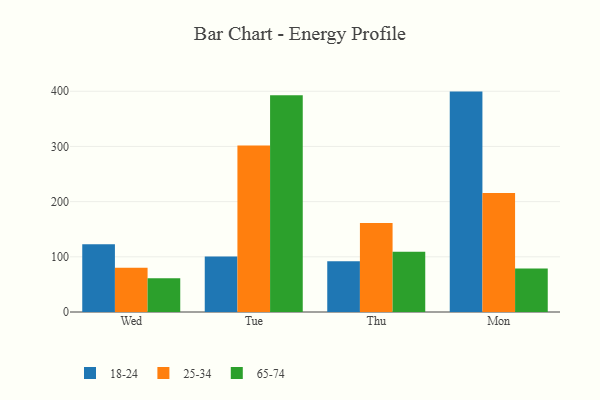
{"axis": {"x": "Day", "y": "Latency (ms)"}, "legend": ["18-24", "25-34", "65-74"], "data": [{"x": "Wed", "y": 122.6, "type": "18-24"}, {"x": "Wed", "y": 80.1, "type": "25-34"}, {"x": "Wed", "y": 61.1, "type": "65-74"}, {"x": "Tue", "y": 100.8, "type": "18-24"}, {"x": "Tue", "y": 301.9, "type": "25-34"}, {"x": "Tue", "y": 392.9, "type": "65-74"}, {"x": "Thu", "y": 92.1, "type": "18-24"}, {"x": "Thu", "y": 161.2, "type": "25-34"}, {"x": "Thu", "y": 109.3, "type": "65-74"}, {"x": "Mon", "y": 399.4, "type": "18-24"}, {"x": "Mon", "y": 215.6, "type": "25-34"}, {"x": "Mon", "y": 78.9, "type": "65-74"}]}